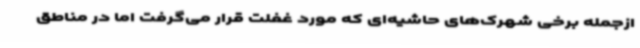
ازجمله برخی شهرک‌های حاشیه‌ای که مورد غفلت قرار می‌گرفت اما در مناطق